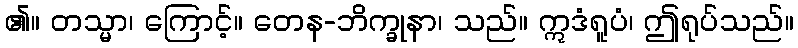
၏။ တသ္မာ၊ ကြောင့်။ တေန-ဘိက္ခုနာ၊ သည်။ ဣဒံရူပံ၊ ဤရုပ်သည်။